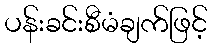
ပန်းခင်းစီမံချက်ဖြင့်